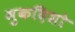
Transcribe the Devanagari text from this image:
मुकदिशो